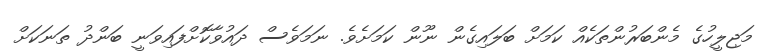
މަޖިލީހުގެ މެންބަރުންތަކެއް ކަމަށް ބަލައިގެން ނޫން ކަމަށެވެ. ނަމަވެސް ދައުވާކޮށްފައިވަނީ ބަންދު ތަނަކަށް